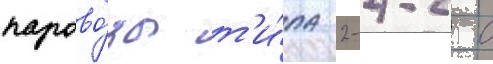
парово́зы т'и́па 2-4-2 с